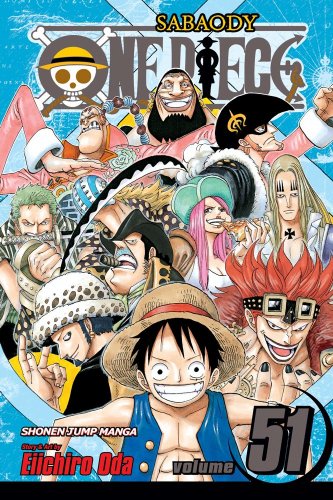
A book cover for One Piece, Vol. 51: the Eleven Supernovas; Eiichiro Oda; Comics & Graphic Novels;